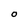
Character: O